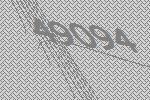
49094